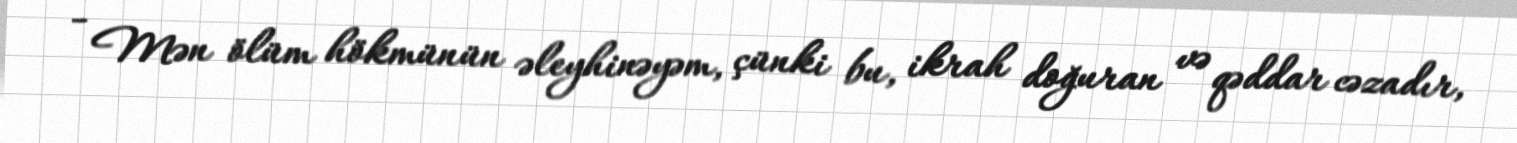
- Mən ölüm hökmünün əleyhinəyəm, çünki bu, ikrah doğuran və qəddar cəzadır,